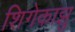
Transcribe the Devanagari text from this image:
शिगेकाझु